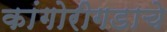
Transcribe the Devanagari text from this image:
कांगोरीगडाचे